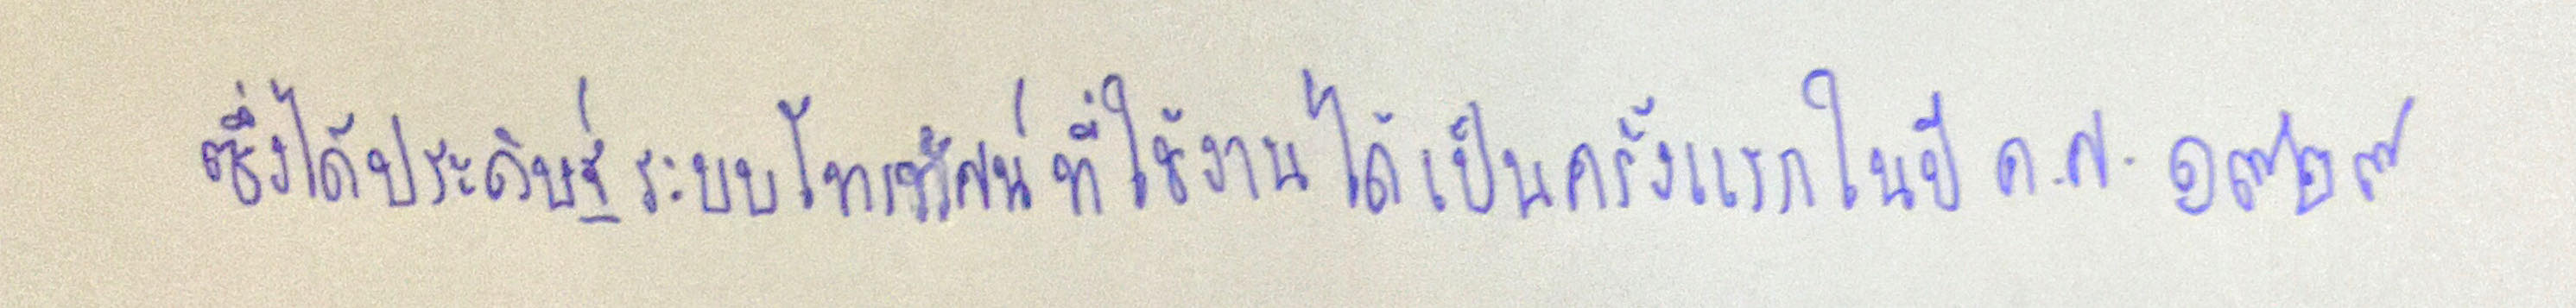
ซึ่งได้ประดิษฐ์ระบบโทรทัศน์ที่ใช้งานได้เป็นครั้งแรกในปีค.ศ.๑๙๒๙